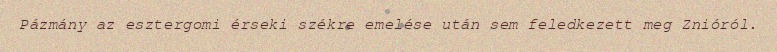
Pázmány az esztergomi érseki székre emelése után sem feledkezett meg Znióról.